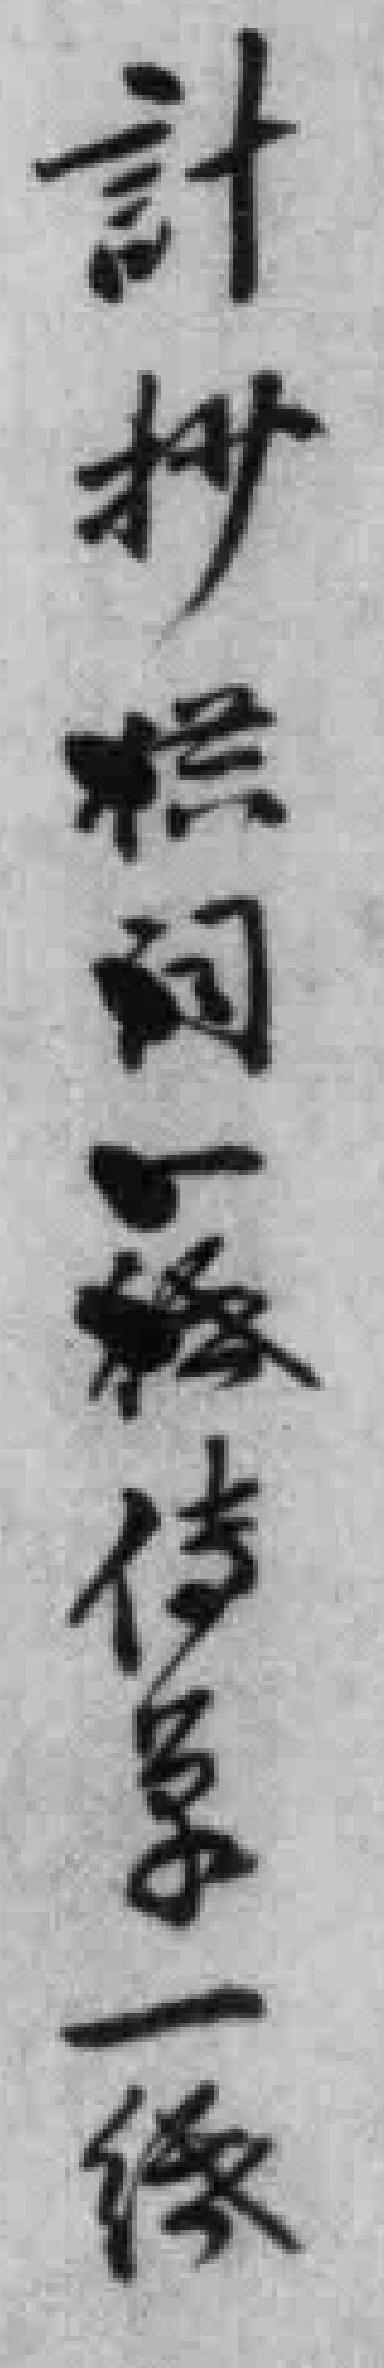
計抄糕供词一*傳单一*